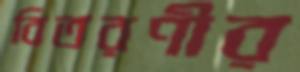
বিতরণীর